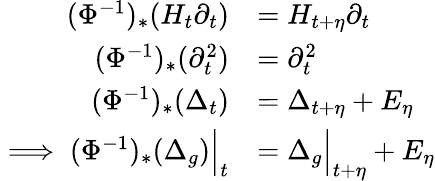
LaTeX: \begin{array}{rl}{(\Phi^{-1})_{*}(H_{t}\partial_{t})}&{=H_{t+\eta}\partial_{t}}\\ {(\Phi^{-1})_{*}(\partial_{t}^{2})}&{=\partial_{t}^{2}}\\ {(\Phi^{-1})_{*}(\Delta_{t})}&{=\Delta_{t+\eta}+E_{\eta}}\\ {\implies(\Phi^{-1})_{*}(\Delta_{g})\Big|_{t}}&{=\Delta_{g}\Big|_{t+\eta}+E_{\eta}}\end{array}